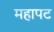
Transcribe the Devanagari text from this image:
महापट